Indian journal of veterinary science and animal husbandry - Volume 8,
Year: 1938
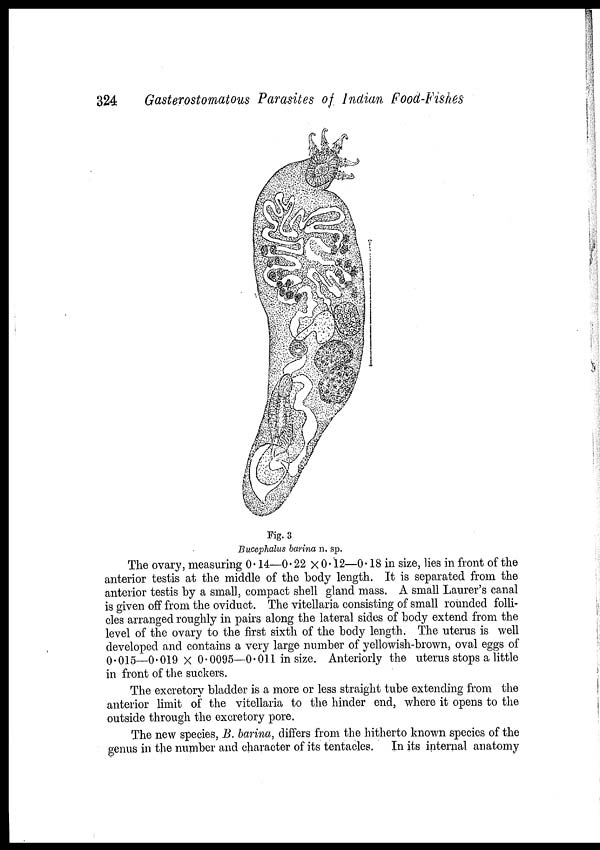
324
Gasterostomatous Parasites of Indian Food-Fishes
Fig. 3
Bucephalus barina n. sp.
The ovary, measuring 0.14—0.22 × 0.12—0.18 in size, lies in front of the
anterior testis at the middle of the body length. It is separated from the
anterior testis by a small, compact shell gland mass. A small Laurer's canal
is given off from the oviduct. The vitellaria consisting of small rounded folli-
cles arranged roughly in pairs along the lateral sides of body extend from the
level of the ovary to the first sixth of the body length The uterus is well
developed and contains a very large number of yellowish-brown, oval eggs of
0.015—0.019 × 0.0095—0.011 in size. Anteriorly the uterus stops a little
in front of the suckers.
The excretory bladder is a more or less straight tube extending from the
anterior limit of the vitellaria to the hinder end, where it opens to the
outside through the excretory pore.
The new species, B. barina, differs from the hitherto known species of the
genus in the number and character of its tentacles. In its internal anatomy